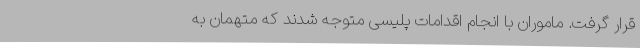
قرار گرفت. ماموران با انجام اقدامات پلیسی متوجه شدند که متهمان به